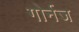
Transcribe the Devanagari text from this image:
गोर्नज